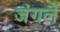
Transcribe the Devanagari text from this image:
जंगलें